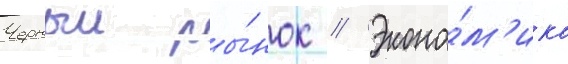
Черныи ры́нок // Эконо́м'ика